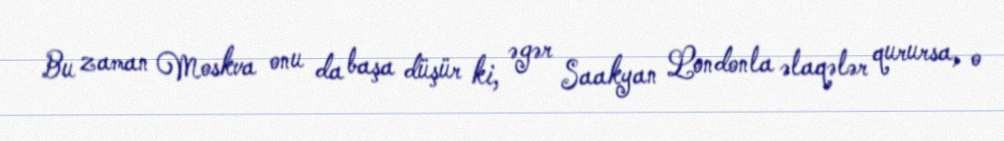
Bu zaman Moskva onu da başa düşür ki, əgər Saakyan Londonla əlaqələr qurursa, o